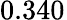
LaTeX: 0.340^{}